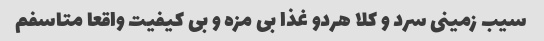
سیب زمینی سرد و کلا هردو غذا بی مزه و بی کیفیت واقعا متاسفم